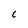
Character: C